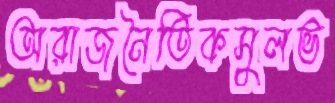
অরাজনৈতিকসুলভ